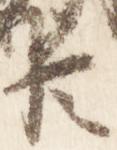
臣